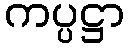
ကပ္ပဋ္ဌာ